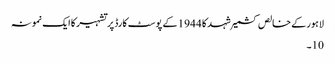
لاہور کے خالص کشمیر شہد کا 1944 کے پوسٹ کارڈ پر تشہیر کا ایک نمونہ
10۔